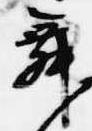
舞